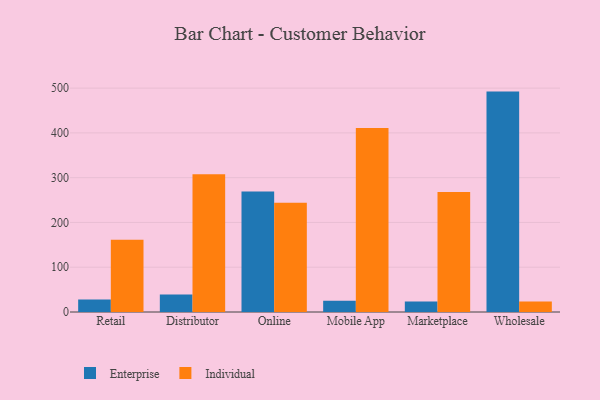
{"axis": {"x": "Channel", "y": "Satisfaction Score"}, "legend": ["Enterprise", "Individual"], "data": [{"x": "Retail", "y": 28.1, "type": "Enterprise"}, {"x": "Retail", "y": 161.6, "type": "Individual"}, {"x": "Distributor", "y": 38.9, "type": "Enterprise"}, {"x": "Distributor", "y": 307.7, "type": "Individual"}, {"x": "Online", "y": 269.0, "type": "Enterprise"}, {"x": "Online", "y": 243.9, "type": "Individual"}, {"x": "Mobile App", "y": 25.2, "type": "Enterprise"}, {"x": "Mobile App", "y": 410.7, "type": "Individual"}, {"x": "Marketplace", "y": 23.2, "type": "Enterprise"}, {"x": "Marketplace", "y": 268.2, "type": "Individual"}, {"x": "Wholesale", "y": 492.2, "type": "Enterprise"}, {"x": "Wholesale", "y": 23.4, "type": "Individual"}]}